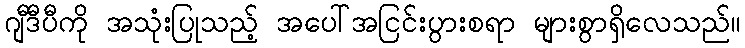
ဂျီဒီပီကို အသုံးပြုသည့် အပေါ်အငြင်းပွားစရာ များစွာရှိလေသည်။